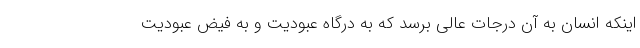
اینکه انسان به آن درجات عالی برسد که به درگاه عبودیت و به فیض عبودیت